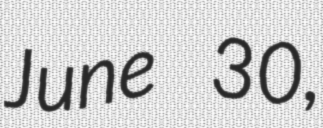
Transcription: June 30,